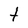
Character: t